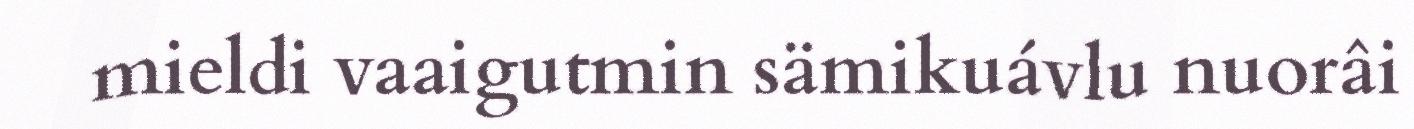
mieldi vaaigutmin sämikuávlu nuorâi